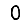
Digit: 0